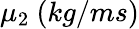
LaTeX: \mu_{2}\mathrm{~}(kg/ms)